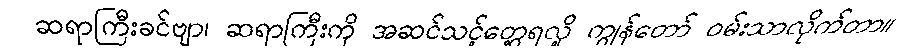
ဆရာကြီးခင်ဗျာ၊ ဆရာကြီးကို အဆင်သင့်တွေ့ရလို့ ကျွန်တော် ဝမ်းသာလိုက်တာ။